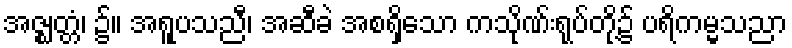
အဇ္ဈတ္တံ၊ ၌။ အရူပသညီ၊ အဆီခဲ အစရှိသော ကသိုဏ်းရုပ်တို့၌ ပရိကမ္မသညာ